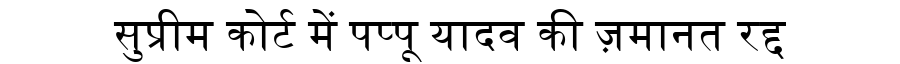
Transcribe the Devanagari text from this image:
सुप्रीम कोर्ट में पप्पू यादव की ज़मानत रद्द